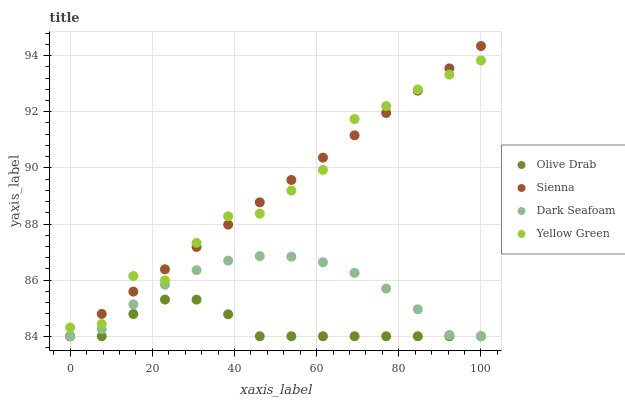
| xaxis_label | Olive Drab | Sienna | Dark Seafoam | Yellow Green |
 | --- | --- | --- | --- | --- |
 | 0 | 84 | 84 | 84 | 84.3 |
 | 7.69 | 84 | 84.8 | 84.3 | 84.4 |
 | 15.4 | 84.8 | 85.6 | 85.1 | 86.1 |
 | 23.1 | 85.3 | 86.4 | 85.8 | 86 |
 | 30.8 | 85.3 | 87.2 | 86.4 | 87.3 |
 | 38.5 | 84.8 | 88 | 86.7 | 88.3 |
 | 46.2 | 84 | 88.8 | 86.9 | 88.4 |
 | 53.8 | 84 | 89.6 | 86.8 | 89.2 |
 | 61.5 | 84 | 90.4 | 86.6 | 89.9 |
 | 69.2 | 84 | 91.2 | 86.3 | 91.7 |
 | 76.9 | 84 | 92 | 85.7 | 92.2 |
 | 84.6 | 84 | 92.8 | 85 | 92.8 |
 | 92.3 | 84 | 93.5 | 84 | 93.3 |
 | 100 | 84 | 94.3 | 84 | 93.8 |